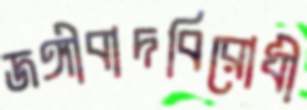
জঙ্গীবাদবিরোধী